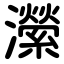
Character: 瀠